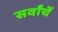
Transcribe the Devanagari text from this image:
सर्वांचें